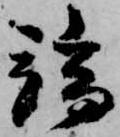
端